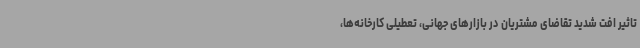
تاثیر افت شدید تقاضای مشتریان در بازارهای جهانی، تعطیلی کارخانه‌ها،